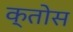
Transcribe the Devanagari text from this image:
क्तोस